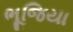
ભૂજિયા